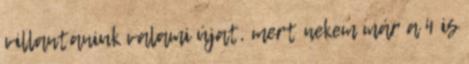
villantaniuk valami újat, mert nekem már a 4 is